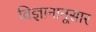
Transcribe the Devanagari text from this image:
विज्ञानानूसार